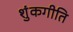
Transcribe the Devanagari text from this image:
शुंकगीति